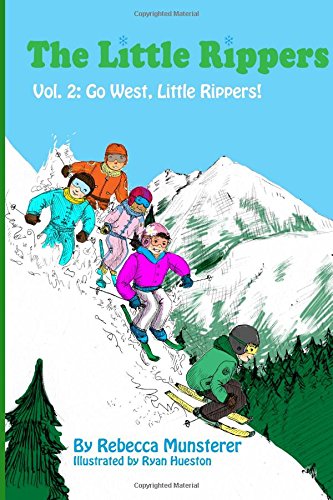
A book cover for Go West, Little Rippers! (The Little Rippers) (Volume 2); Rebecca Munsterer; Children's Books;